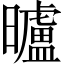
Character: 曥